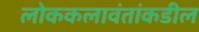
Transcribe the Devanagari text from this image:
लोककलावंतांकडील